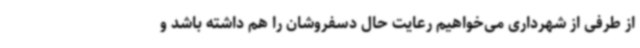
از طرفی از شهرداری می‌خواهیم رعایت حال دسفروشان را هم داشته باشد و